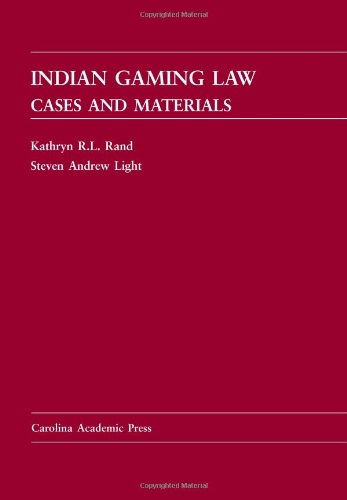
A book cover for Indian Gaming Law: Cases and Materials (Carolina Academic Press Law Casebook); Kathryn R. L. Rand; Humor & Entertainment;